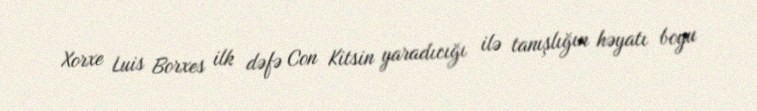
Xorxe Luis Borxes ilk dəfə Con Kitsin yaradıcığı ilə tanışlığın həyatı boyu